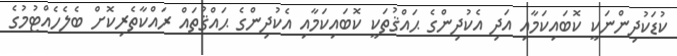
ކުޑަކުދިންނަކީ ކޮބައިކަމާއި އަދި އެކުދިންގެ ޙައްޤުތަކީ ކޮބައިކަމާއި އެކުދިންގެ ޙައްޤުތައް ރައްކާތެރިކޮށް ބެލެހެއްޓުމުގެ